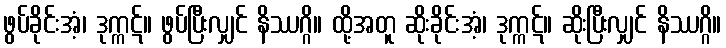
ဖွပ်ခိုင်းအံ့၊ ဒုက္ကဋ်။ ဖွပ်ပြီးလျှင် နိဿဂ္ဂိ။ ထို့အတူ ဆိုးခိုင်းအံ့၊ ဒုက္ကဋ်။ ဆိုးပြီးလျှင် နိဿဂ္ဂိ။